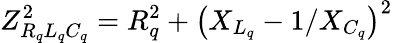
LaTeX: Z_{R_{q}L_{q}C_{q}}^{2}=R_{q}^{2}+\left(X_{L_{q}}-1/X_{C_{q}}\right)^{2}